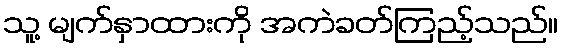
သူ့ မျက်နှာထားကို အကဲခတ်ကြည့်သည်။